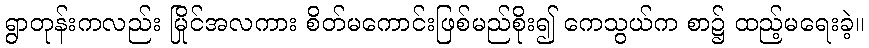
ရွာတုန်းကလည်း မြိုင်အလကား စိတ်မကောင်းဖြစ်မည်စိုး၍ ကေသွယ်က စာ၌ ထည့်မရေးခဲ့။